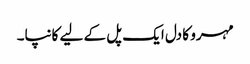
مہرو کا دل ایک پل کے لیے کانپا۔